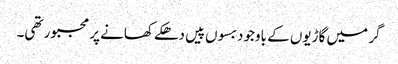
گر میں گاڑیوں کے باوجود بسوں پیں دھکے کھانے پر مجبور تھی۔